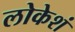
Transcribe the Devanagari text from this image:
लोकेशं